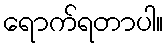
ရောက်ရတာပါ။